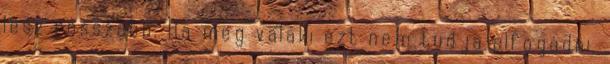
lesz rosszabb. Ha meg valaki ezt nem tudja elfogadni,